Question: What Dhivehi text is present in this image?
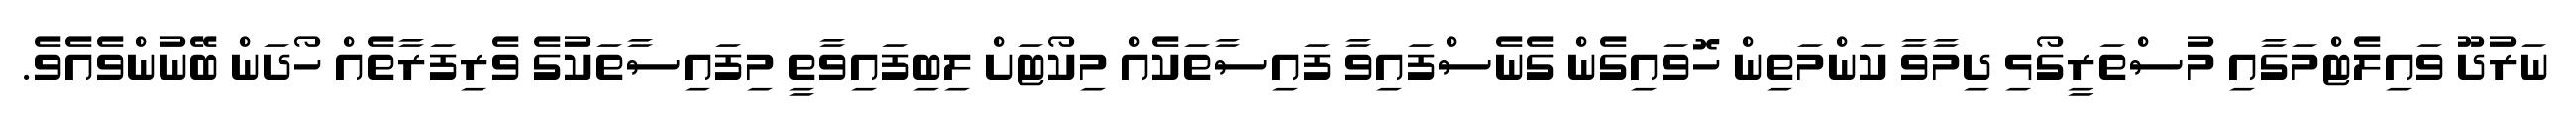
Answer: ނަރުދޫ ވައިލެޓްމަގާއި މުސްތަރީގޯޅި ދިމާވާ ކަންމަތިން ހޮވައިގެން ގެނެސްފައިވާ ފައިސާތަކެއް މިކޯޓަށް ލިބިފައިވާތީ މިފައިސާތަކުގެ ވެރިފަރާތެއް ހޯދަން ބޭނުންވެއެވެ.